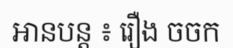
អានបន្ត ៖ រឿង ចចក